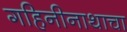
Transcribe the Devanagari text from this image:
गहिनीनाथाचा